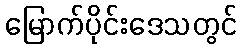
မြောက်ပိုင်းဒေသတွင်